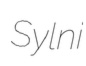
Sylni